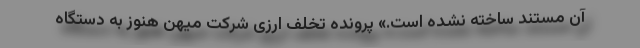
آن مستند ساخته نشده است.» پرونده تخلف ارزی شرکت میهن هنوز به دستگاه